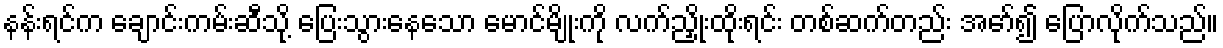
နန်းရင်က ချောင်းကမ်းဆီသို့ ပြေးသွားနေသော မောင်မျိုးကို လက်ညှိုးထိုးရင်း တစ်ဆက်တည်း အော်၍ ပြောလိုက်သည်။